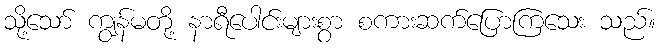
သို့သော် ကျွန်မတို့ နာရီပေါင်းများစွာ စကားဆက်ပြောကြသေး သည်။